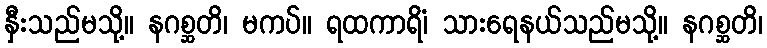
နှီးသည်မသို့။ နဂစ္ဆတိ၊ မကပ်။ ရထကာရိံ၊ သားရေနယ်သည်မသို့။ နဂစ္ဆတိ၊